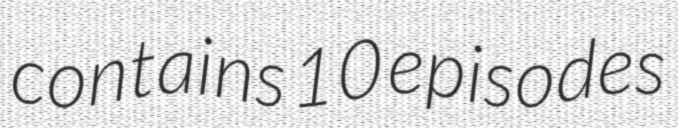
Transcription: contains 10 episodes